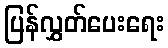
ပြန်လွှတ်ပေးရေး